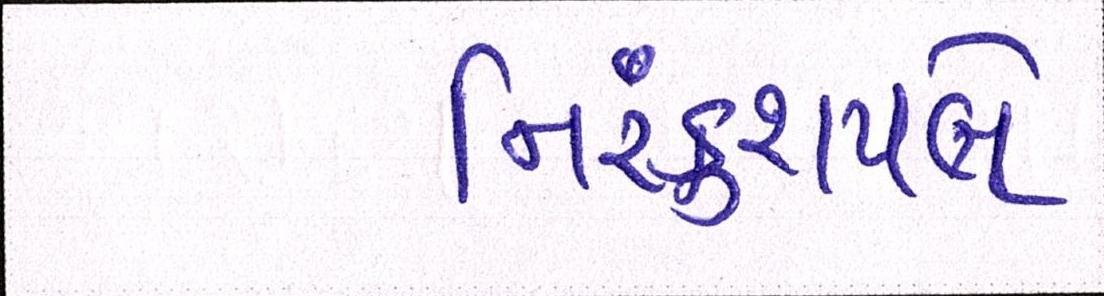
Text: નિરંકુશપણે